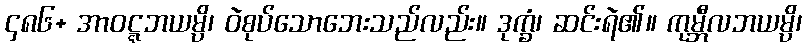
၄၈၆+ အာဝဋ္ဋဘယမ္ပိ၊ ဝဲစုပ်သောဘေးသည်လည်း။ ဒုက္ခံ၊ ဆင်းရဲ၏။ ကုမ္ဘီလဘယမ္ပိ၊